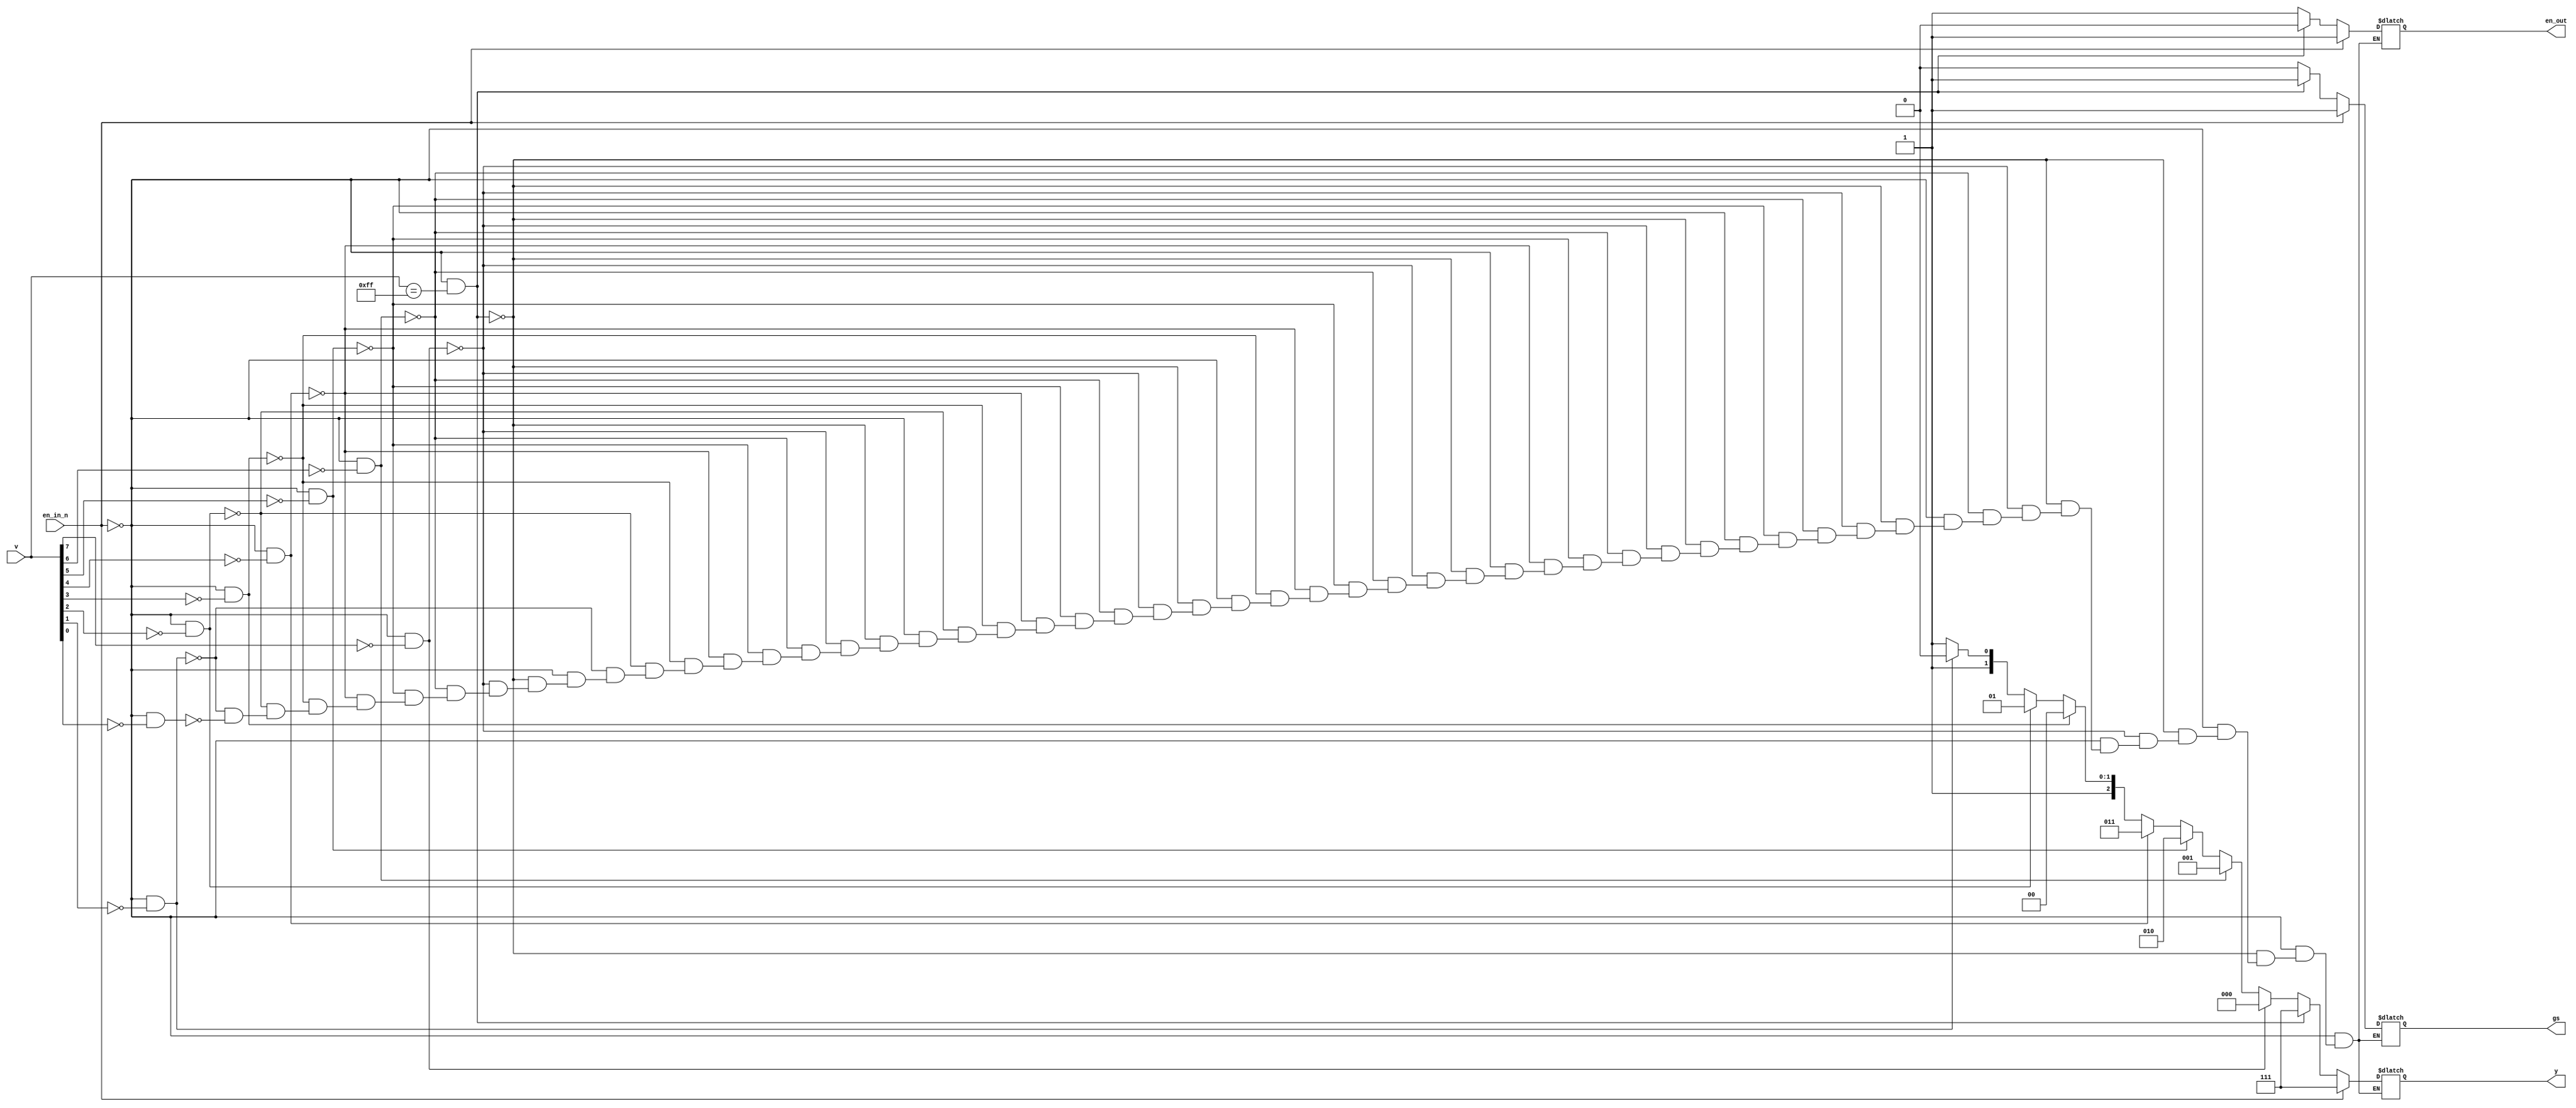
module lab3_2_1(
    input [7:0] v,
    input en_in_n,
    output reg [2:0] y,
    output reg en_out,gs
    );

    always
        @(v or en_in_n)
            if(en_in_n == 1)
                begin
                y=7;
                en_out = 1;
                gs = 1;
                end
            else if(en_in_n == 0&&v == 255)
                begin
                y = 7;
                en_out = 0;
                gs = 1;
                end
            else if(en_in_n == 0&&v[7] == 0)
                begin
                y = 0;
                en_out = 1;
                gs = 0;
                end
            else if(en_in_n == 0&&v[6] == 0)
                begin
                y = 1;
                en_out = 1;
                gs = 0;
                end
            else if(en_in_n == 0&&v[5] == 0)
                begin
                y = 2;
                en_out = 1;
                gs = 0;
                end
            else if(en_in_n == 0&&v[4] == 0)
                begin
                y = 3;
                en_out = 1;
                gs = 0;
                end
            else if(en_in_n == 0&&v[3] == 0)
                begin
                y = 4;
                en_out = 1;
                gs = 0;
                end
            else if(en_in_n == 0&&v[2] == 0)
                begin
                y = 5;
                en_out = 1;
                gs = 0;
                end
            else if(en_in_n == 0&&v[1] == 0)
                begin
                y = 6;
                en_out = 1;
                gs = 0;
                end
            else if(en_in_n == 0&&v[0] == 0)
                begin
                y = 7;
                en_out = 1;
                gs = 0;
                end
endmodule